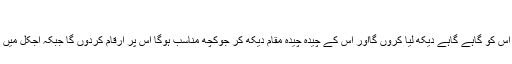
ذوق افزااندازِ تحریر:
20جنوری2019ء کو مذکورہ کتاب مجھے ملی، میراارادہ یہ تھا کہ اس کو گاہے گاہے دیکھ لیا کروں گااور اس کے چیدہ چیدہ مقام دیکھ کر جوکچھ مناسب ہوگا اس پر ارقام کردوں گا جبکہ آجکل میں علیل بھی ہوں ایسی صورت میں اس کے علاوہ اور ہوبھی کیاسکتاتھا۔